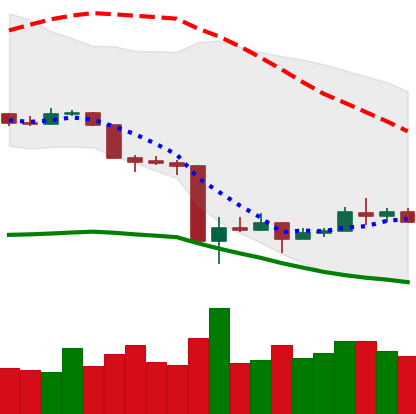
Ticker: XMR-USD
Chart end date: 2020-03-22
Forward return: 26.355%
Label: up_7plus